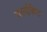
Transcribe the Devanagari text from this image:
वर्ल्डकैट